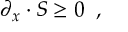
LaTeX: \partial _ { x } \cdot S \geq 0 \; \; ,